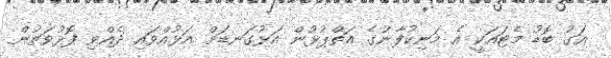
އަގު ބޮޑު މެޓައަކީ އެ މަނިކުފާނުގެ އަތްޕުޅުން އަޅުގަނޑަށް އަޅުއްވައި ދެއްވި ފޮޅުވަތުން